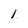
Character: 1